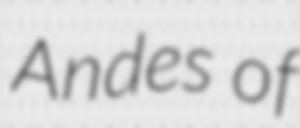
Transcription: Andes of